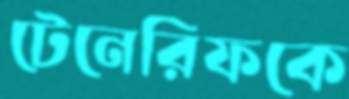
টেনেরিফকে